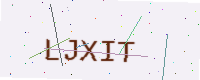
Text: LJXIT